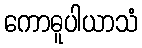
ကောဓူပါယာသံ